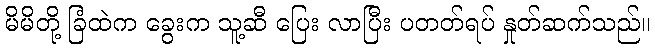
မိမိတို့ ခြံထဲက ခွေးက သူ့ဆီ ပြေး လာပြီး ပတတ်ရပ် နှုတ်ဆက်သည်။